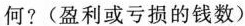
何?(盈利或亏损的钱数)